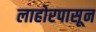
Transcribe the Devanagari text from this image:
लाहोरपासून